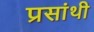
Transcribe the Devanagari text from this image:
प्रसांथी